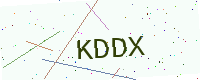
Text: KDDX